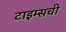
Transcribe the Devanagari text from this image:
टाइम्सची